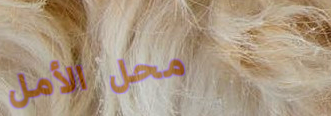
محل الأمل